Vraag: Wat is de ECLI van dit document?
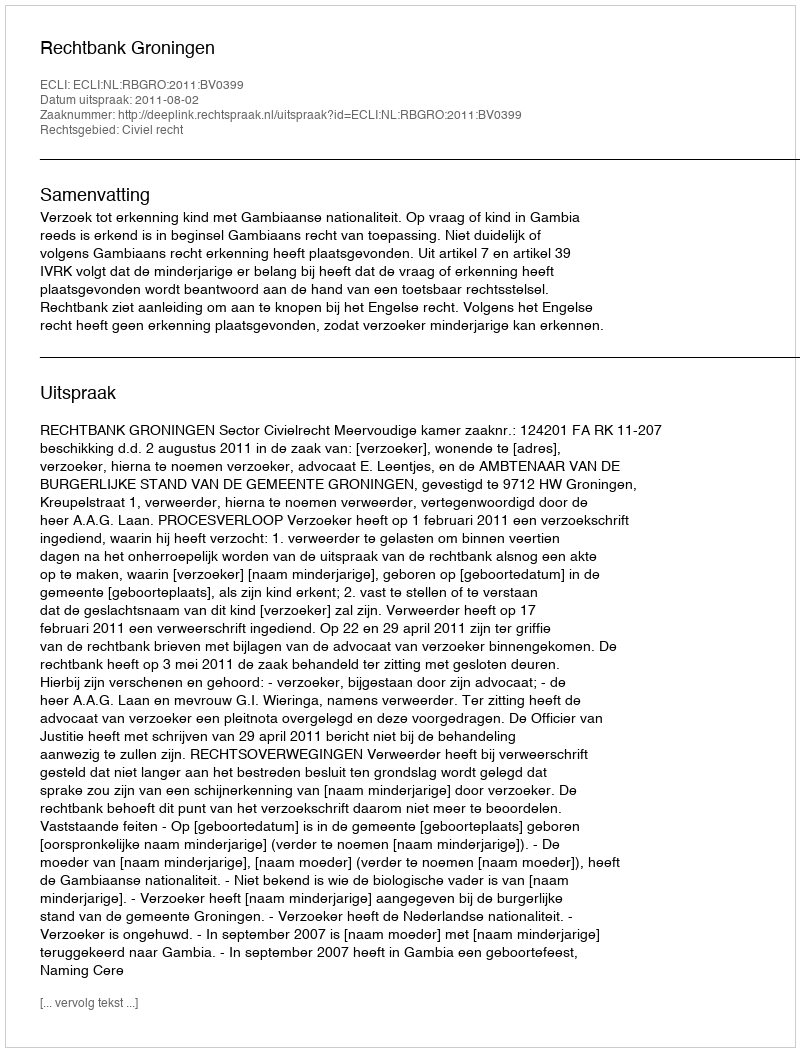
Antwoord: ECLI:NL:RBGRO:2011:BV0399